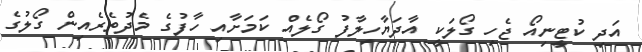
އަދި ކުޓީނިއޯ ޖެހި ގޯލަކީ އާދަޔާހިލާފު ގޯލެއް ކަމަށާއި ހާފުގެ މެދުތެރެއިން ގޯލުގެ